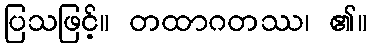
ပြသဖြင့်။ တထာဂတဿ၊ ၏။